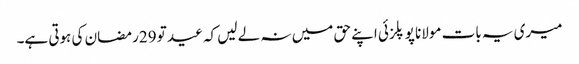
میری یہ بات مولانا پوپلزئی اپنے حق میں نہ لے لیں کہ عید تو 29رمضان کی ہوتی ہے۔